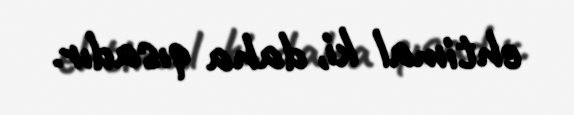
ehtimal ki, daha qısadır.